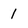
Character: 1